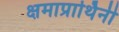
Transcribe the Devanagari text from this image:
क्षमाप्रार्थिनी